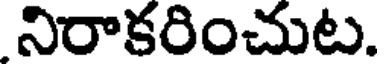
నిరాకరించుట.